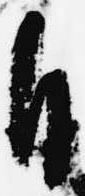
自